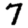
Digit: 7